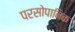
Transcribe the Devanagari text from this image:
परसोपानिक